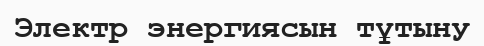
Электр энергиясын тұтыну